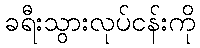
ခရီးသွားလုပ်ငန်းကို